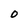
Character: O